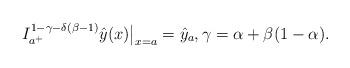
LaTeX: \begin{align*}I_{a^+}^{1-\gamma-\delta(\beta-1)}\hat{y}(x){\big|}_{x=a}={\hat{y}}_a,\gamma=\alpha+\beta(1-\alpha).\end{align*}